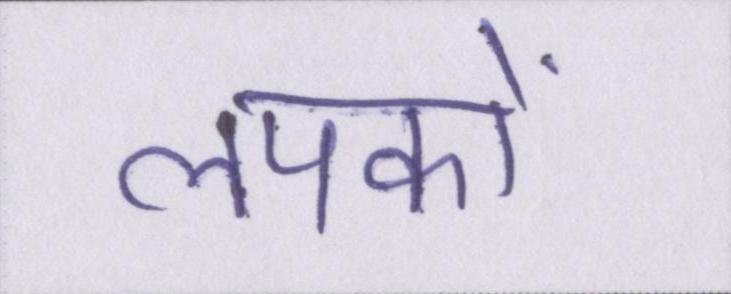
लपकाें